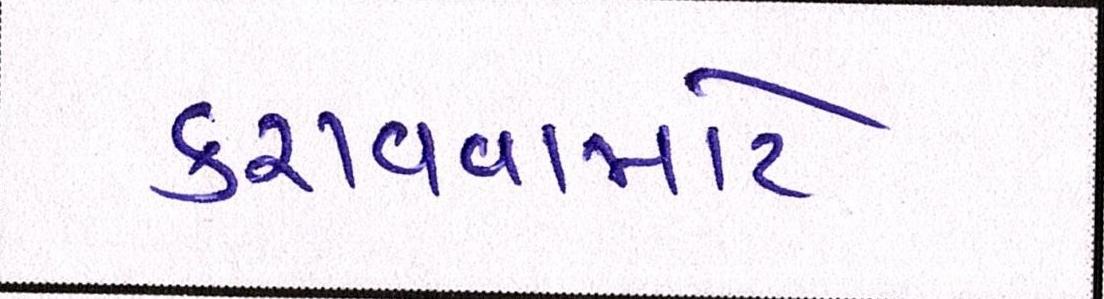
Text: કરાવવામાટે